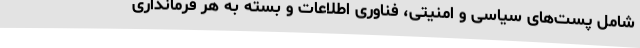
شامل پست‌های سیاسی و امنیتی، فناوری اطلاعات و بسته به هر فرمانداری